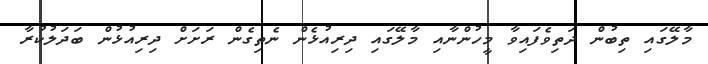
މާލޭގައި ތިބުން ދަތިވެފައިވާ މީހުންނާއި މާލޭގައި ދިރިއުޅެން ނެތިގެން ރަށަށް ދިރިއުޅުން ބަދަލުކުރާ